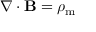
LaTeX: \nabla \cdot \mathbf { B } = \rho _ { \mathrm { m } }